Indian journal of veterinary science and animal husbandry - Volumes 26-27, 1956-1957
Year: 1956
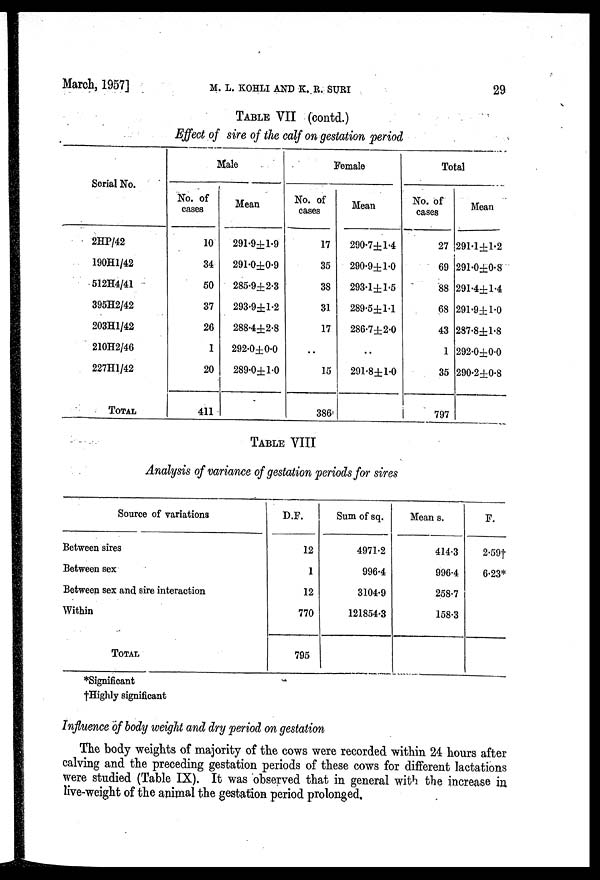
March, 1957]
M.
L.
KOHLI
AND
K.
R.
SURI
29
TABLE VII (contd.)
Effect of sire of the calf on gestation period
Serial No.
2HP/42
190H1/42
512H4/41
395H2/42
203H1/42
210H2/46
227H1/42
TOTAL
Male
No. of
cases
10
34
50
37
26
1
20
411
Mean
291.9±1.9
291.0±0.9
285.9±2.3
293.9±1.2
288.4±2.8
292.0±0.0
289.0±1.0
Female
No. of
cases
17
35
38
31
17
..
15
386
Mean
290.7±1.4
290.9±1.0
293.1±1.5
289.5±1.1
286.7±2.0
..
291.8±1.0
Total
No. of
cases
27
69
88
68
43
1
35
797
Mean
291.1±1.2
291.0±0.8
291.4±1.4
291.9±1.0
287.8±1.8
292.0±0.0
290.2±0.8
TABLE VIII
Analysis of variance of gestation periods for sires
Source of variations
Between sires
Between sex
Between sex and sire interaction
Within
TOTAL
D.F.
12
1
12
770
795
Sum of sq.
4971.2
996.4
3104.9
121854.3
Mean s.
414.3
996.4
258.7
158.3
F.
2.59†
6.23*
*Significant
†Highly significant
Influence of body weight and dry period on gestation
The body weights of majority of the cows were recorded within 24 hours after
calving and the preceding gestation periods of these cows for different lactations
were studied (Table IX). It was observed that in general with the increase in
live-weight of the animal the gestation period prolonged.